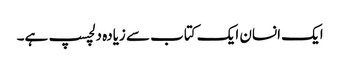
ایک انسان ایک کتاب سے زیادہ دلچسپ ہے۔